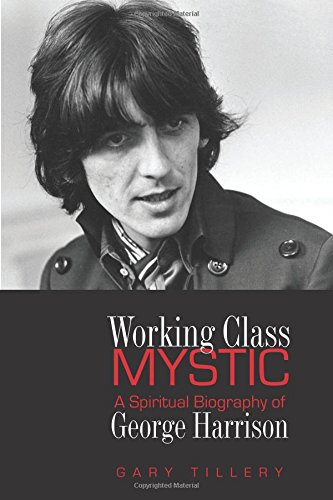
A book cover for Working Class Mystic: A Spiritual Biography of George Harrison; Gary Tillery; Humor & Entertainment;